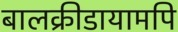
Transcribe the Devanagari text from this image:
बालक्रीडायामपि